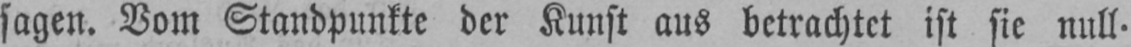
sagen. Vom Standpunkte der Kunst aus betrachtet ist sie null.